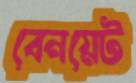
বেনয়েট